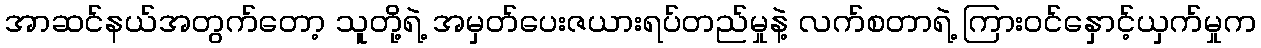
အာဆင်နယ်အတွက်တော့ သူတို့ရဲ့ အမှတ်ပေးဇယားရပ်တည်မှုနဲ့ လက်စတာရဲ့ ကြားဝင်နှောင့်ယှက်မှုက